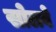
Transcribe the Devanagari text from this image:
सोलवे